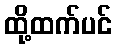
ထို့ထက်ပင်